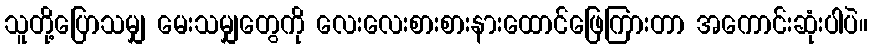
သူတို့ပြောသမျှ မေးသမျှတွေကို လေးလေးစားစားနားထောင်ဖြေကြားတာ အကောင်းဆုံးပါပဲ။